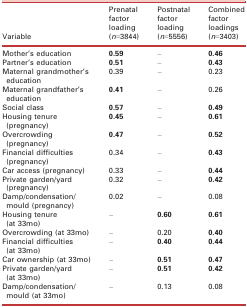
<table><thead><tr><td><b>Variable</b></td><td><b>Prenatal factor loading (<i>n</i>=3844)</b></td><td><b>Postnatal factor loading (<i>n</i>=5556)</b></td><td><b>Combined factor loadings (<i>n</i>=3403)</b></td></tr></thead><tbody><tr><td>Mother’s education</td><td><b>0.59</b></td><td>–</td><td><b>0.46</b></td></tr><tr><td>Partner’s education</td><td><b>0.51</b></td><td>–</td><td><b>0.43</b></td></tr><tr><td>Maternal grandmother’s education</td><td>0.39</td><td>–</td><td>0.23</td></tr><tr><td>Maternal grandfather’s education</td><td><b>0.41</b></td><td>–</td><td>0.26</td></tr><tr><td>Social class</td><td><b>0.57</b></td><td>–</td><td><b>0.49</b></td></tr><tr><td>Housing tenure (pregnancy)</td><td><b>0.45</b></td><td>–</td><td><b>0.61</b></td></tr><tr><td>Overcrowding (pregnancy)</td><td><b>0.47</b></td><td>–</td><td><b>0.52</b></td></tr><tr><td>Financial difficulties (pregnancy)</td><td>0.34</td><td>–</td><td><b>0.43</b></td></tr><tr><td>Car access (pregnancy)</td><td>0.33</td><td>–</td><td><b>0.44</b></td></tr><tr><td>Private garden/yard (pregnancy)</td><td>0.32</td><td>–</td><td><b>0.42</b></td></tr><tr><td>Damp/condensation/mould (pregnancy)</td><td>0.02</td><td>–</td><td>0.08</td></tr><tr><td>Housing tenure (at 33mo)</td><td>–</td><td><b>0.60</b></td><td><b>0.61</b></td></tr><tr><td>Overcrowding (at 33mo)</td><td>–</td><td>0.20</td><td><b>0.40</b></td></tr><tr><td>Financial difficulties (at 33mo)</td><td>–</td><td><b>0.40</b></td><td><b>0.44</b></td></tr><tr><td>Car ownership (at 33mo)</td><td>–</td><td><b>0.51</b></td><td><b>0.47</b></td></tr><tr><td>Private garden/yard (at 33mo)</td><td>–</td><td><b>0.51</b></td><td><b>0.42</b></td></tr><tr><td>Damp/condensation/mould (at 33mo)</td><td>–</td><td>0.13</td><td>0.08</td></tr></tbody></table>